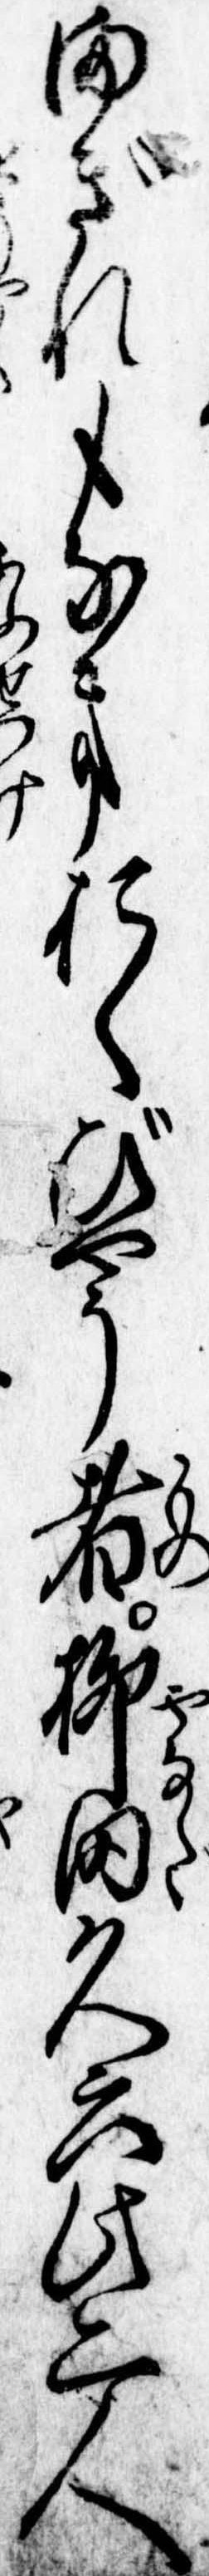
まぎれもなきおくびやう者柳田久六此二人